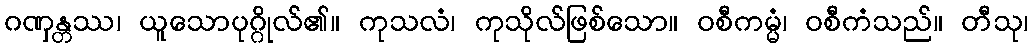
ဂဏှန္တဿ၊ ယူသောပုဂ္ဂိုလ်၏။ ကုသလံ၊ ကုသိုလ်ဖြစ်သော။ ဝစီကမ္မံ၊ ဝစီကံသည်။ တီသု၊